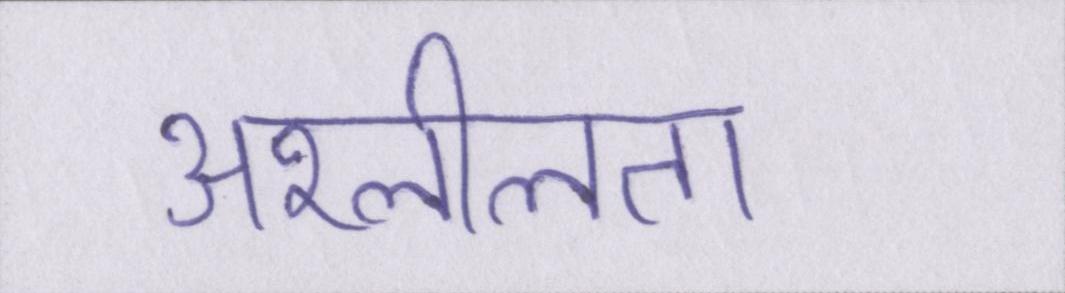
अश्लीलता